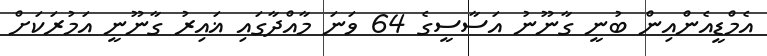
އެމްޑީއެންއިން ބުނީ ގާނޫނު އަސާސީގެ 64 ވަނަ މާއްދާގައި ޣައިރު ގާނޫނީ އަމުރަކަށް